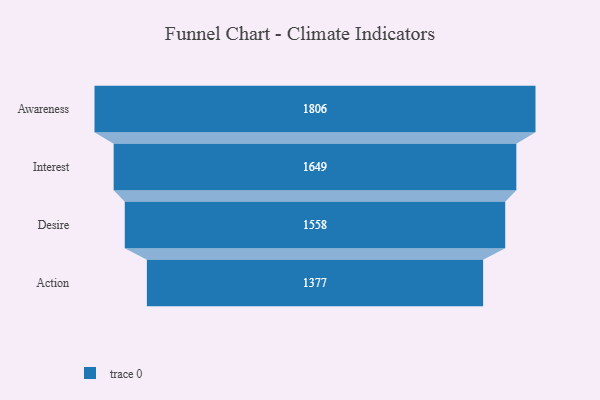
{"axis": {"x": "Stage", "y": "Value"}, "legend": [""], "data": [{"x": "Awareness", "y": 1806.0, "type": ""}, {"x": "Interest", "y": 1649.0, "type": ""}, {"x": "Desire", "y": 1558.0, "type": ""}, {"x": "Action", "y": 1377.0, "type": ""}]}